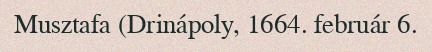
Musztafa (Drinápoly, 1664. február 6.